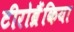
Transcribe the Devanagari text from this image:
टीरोब्रैंकिया